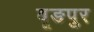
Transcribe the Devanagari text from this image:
बूङपुर